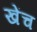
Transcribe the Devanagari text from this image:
खेंच